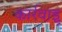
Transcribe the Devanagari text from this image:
कार्रवाइ्र्र